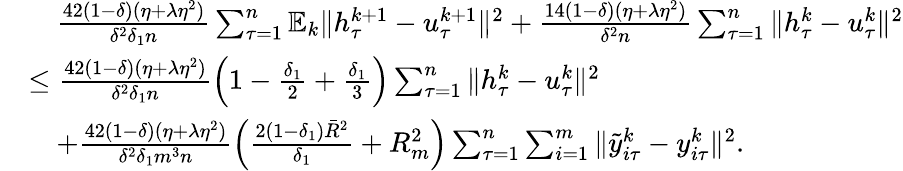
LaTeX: \begin{array}{rl}&{\quad\frac{42(1-\delta)(\eta+\lambda\eta^{2})}{\delta^{2}\delta_{1}n}\sum_{\tau=1}^{n}\mathbb{E}_{k}\| h_{\tau}^{k+1}-u_{\tau}^{k+1}\| ^{2}+\frac{14(1-\delta)(\eta+\lambda\eta^{2})}{\delta^{2}n}\sum_{\tau=1}^{n}\| h_{\tau}^{k}-u_{\tau}^{k}\| ^{2}}\\ &{\leq\frac{42(1-\delta)(\eta+\lambda\eta^{2})}{\delta^{2}\delta_{1}n}\left(1-\frac{\delta_{1}}{2}+\frac{\delta_{1}}{3}\right)\sum_{\tau=1}^{n}\| h_{\tau}^{k}-u_{\tau}^{k}\| ^{2}}\\ &{\quad+\frac{42(1-\delta)(\eta+\lambda\eta^{2})}{\delta^{2}\delta_{1}m^{3}n}\left(\frac{2(1-\delta_{1}){\bar{R}}^{2}}{\delta_{1}}+R_{m}^{2}\right)\sum_{\tau=1}^{n}\sum_{i=1}^{m}\| {\tilde{y}}_{i\tau}^{k}-y_{i\tau}^{k}\| ^{2}.}\end{array}